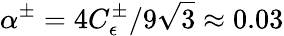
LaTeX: \alpha^{\pm}=4C_{\epsilon}^{\pm}/9\sqrt{3}\approx 0.03